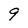
Character: 9